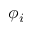
\phi _ { i }